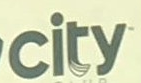
city